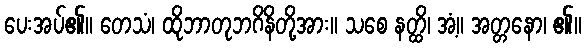
ပေးအပ်၏။ တေသံ၊ ထိုဘာတုဘဂိနိတို့အား။ သစေ နတ္ထိ၊ အံ့။ အတ္တနော၊ ၏။